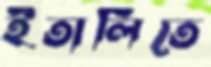
ইতালিতে